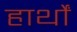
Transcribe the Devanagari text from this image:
हार्थों